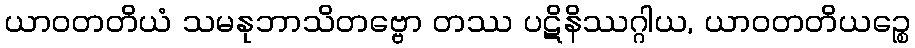
ယာဝတတိယံ သမနုဘာသိတဗ္ဗော တဿ ပဋိနိဿဂ္ဂါယ, ယာဝတတိယဉ္စေ